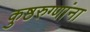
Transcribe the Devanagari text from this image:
कुष्ठरुग्णांना